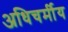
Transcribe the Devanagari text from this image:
अधिचर्मीय